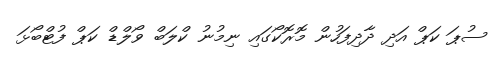
ސުޕަ ކަޕް އަދި ދާދިފަހުން މޮރޮކޯގައި ނިމުނު ކްލަބް ވޯލްޑް ކަޕް ފުޓްބޯޅަ